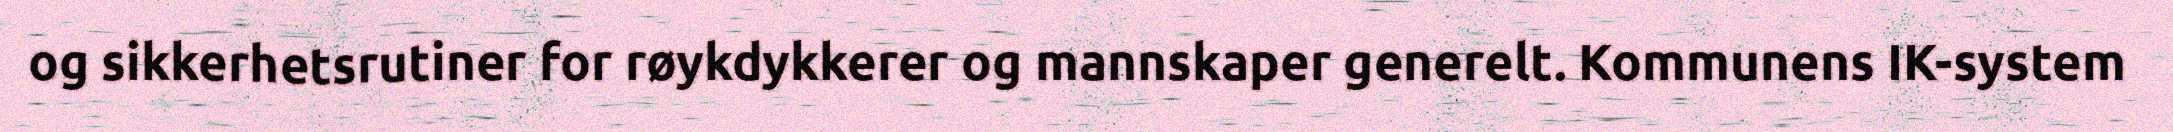
og sikkerhetsrutiner for røykdykkerer og mannskaper generelt. Kommunens IK-system